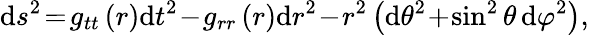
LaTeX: \begin{array}{r}{\begin{array}{rcl}{\displaystyle\mathrm{d}s^{2}\! =\! g_{tt}\left(r\right)\mathrm{d}t^{2}\! -\! g_{rr}\left(r\right)\mathrm{d}r^{2}\! -\! r^{2}\left(\mathrm{d}\theta^{2}\! +\! \sin^{2}\theta\, \mathrm{d}\varphi^{2}\right),}\end{array}}\end{array}